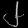
Digit: ၂